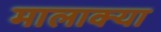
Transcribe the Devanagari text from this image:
मालाक्‍या